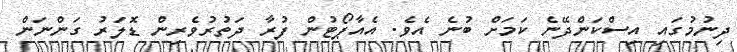
ދިނުމުގައި އިސްކަންދޭނެ ކަމަށް ބުނެ އެވެ. އެއާޕޯޓުން ފުރާ ދަތުރުވެރިން ޑޮލަރު ގަންނަން